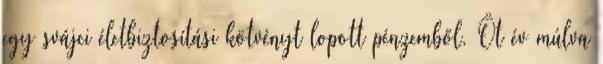
egy svájci életbiztosítási kötvényt lopott pénzemből. Öt év múlva